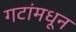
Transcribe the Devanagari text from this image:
गटांमधून